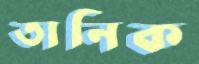
তানিক